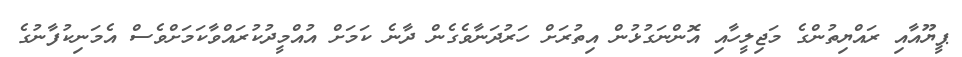
ޕީޔޫއާއި ރައްޔިތުންގެ މަޖިލީހާއި އޮންނަގުޅުން އިތުރަށް ހަރުދަނާވެގެން ދާނެ ކަމަށް އުއްމީދުކުރައްވާކަމަށްވެސް އެމަނިކުފާނުގެ